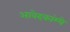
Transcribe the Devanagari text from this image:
आवेदकांम्धे